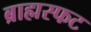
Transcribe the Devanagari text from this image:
ब्राह्मस्फट